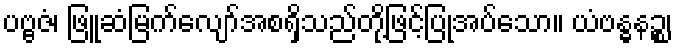
ပဗ္ဗဇံ၊ ဖြူဆံမြက်လျော်အစရှိသည်တို့ဖြင့်ပြုအပ်သော။ ယံဗန္ဓနဉ္စ၊